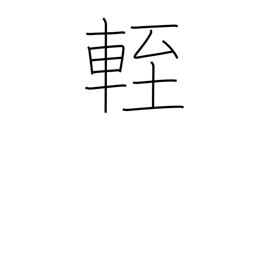
Meaning: low